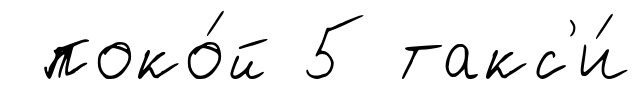
поко́й 5 такс'и́